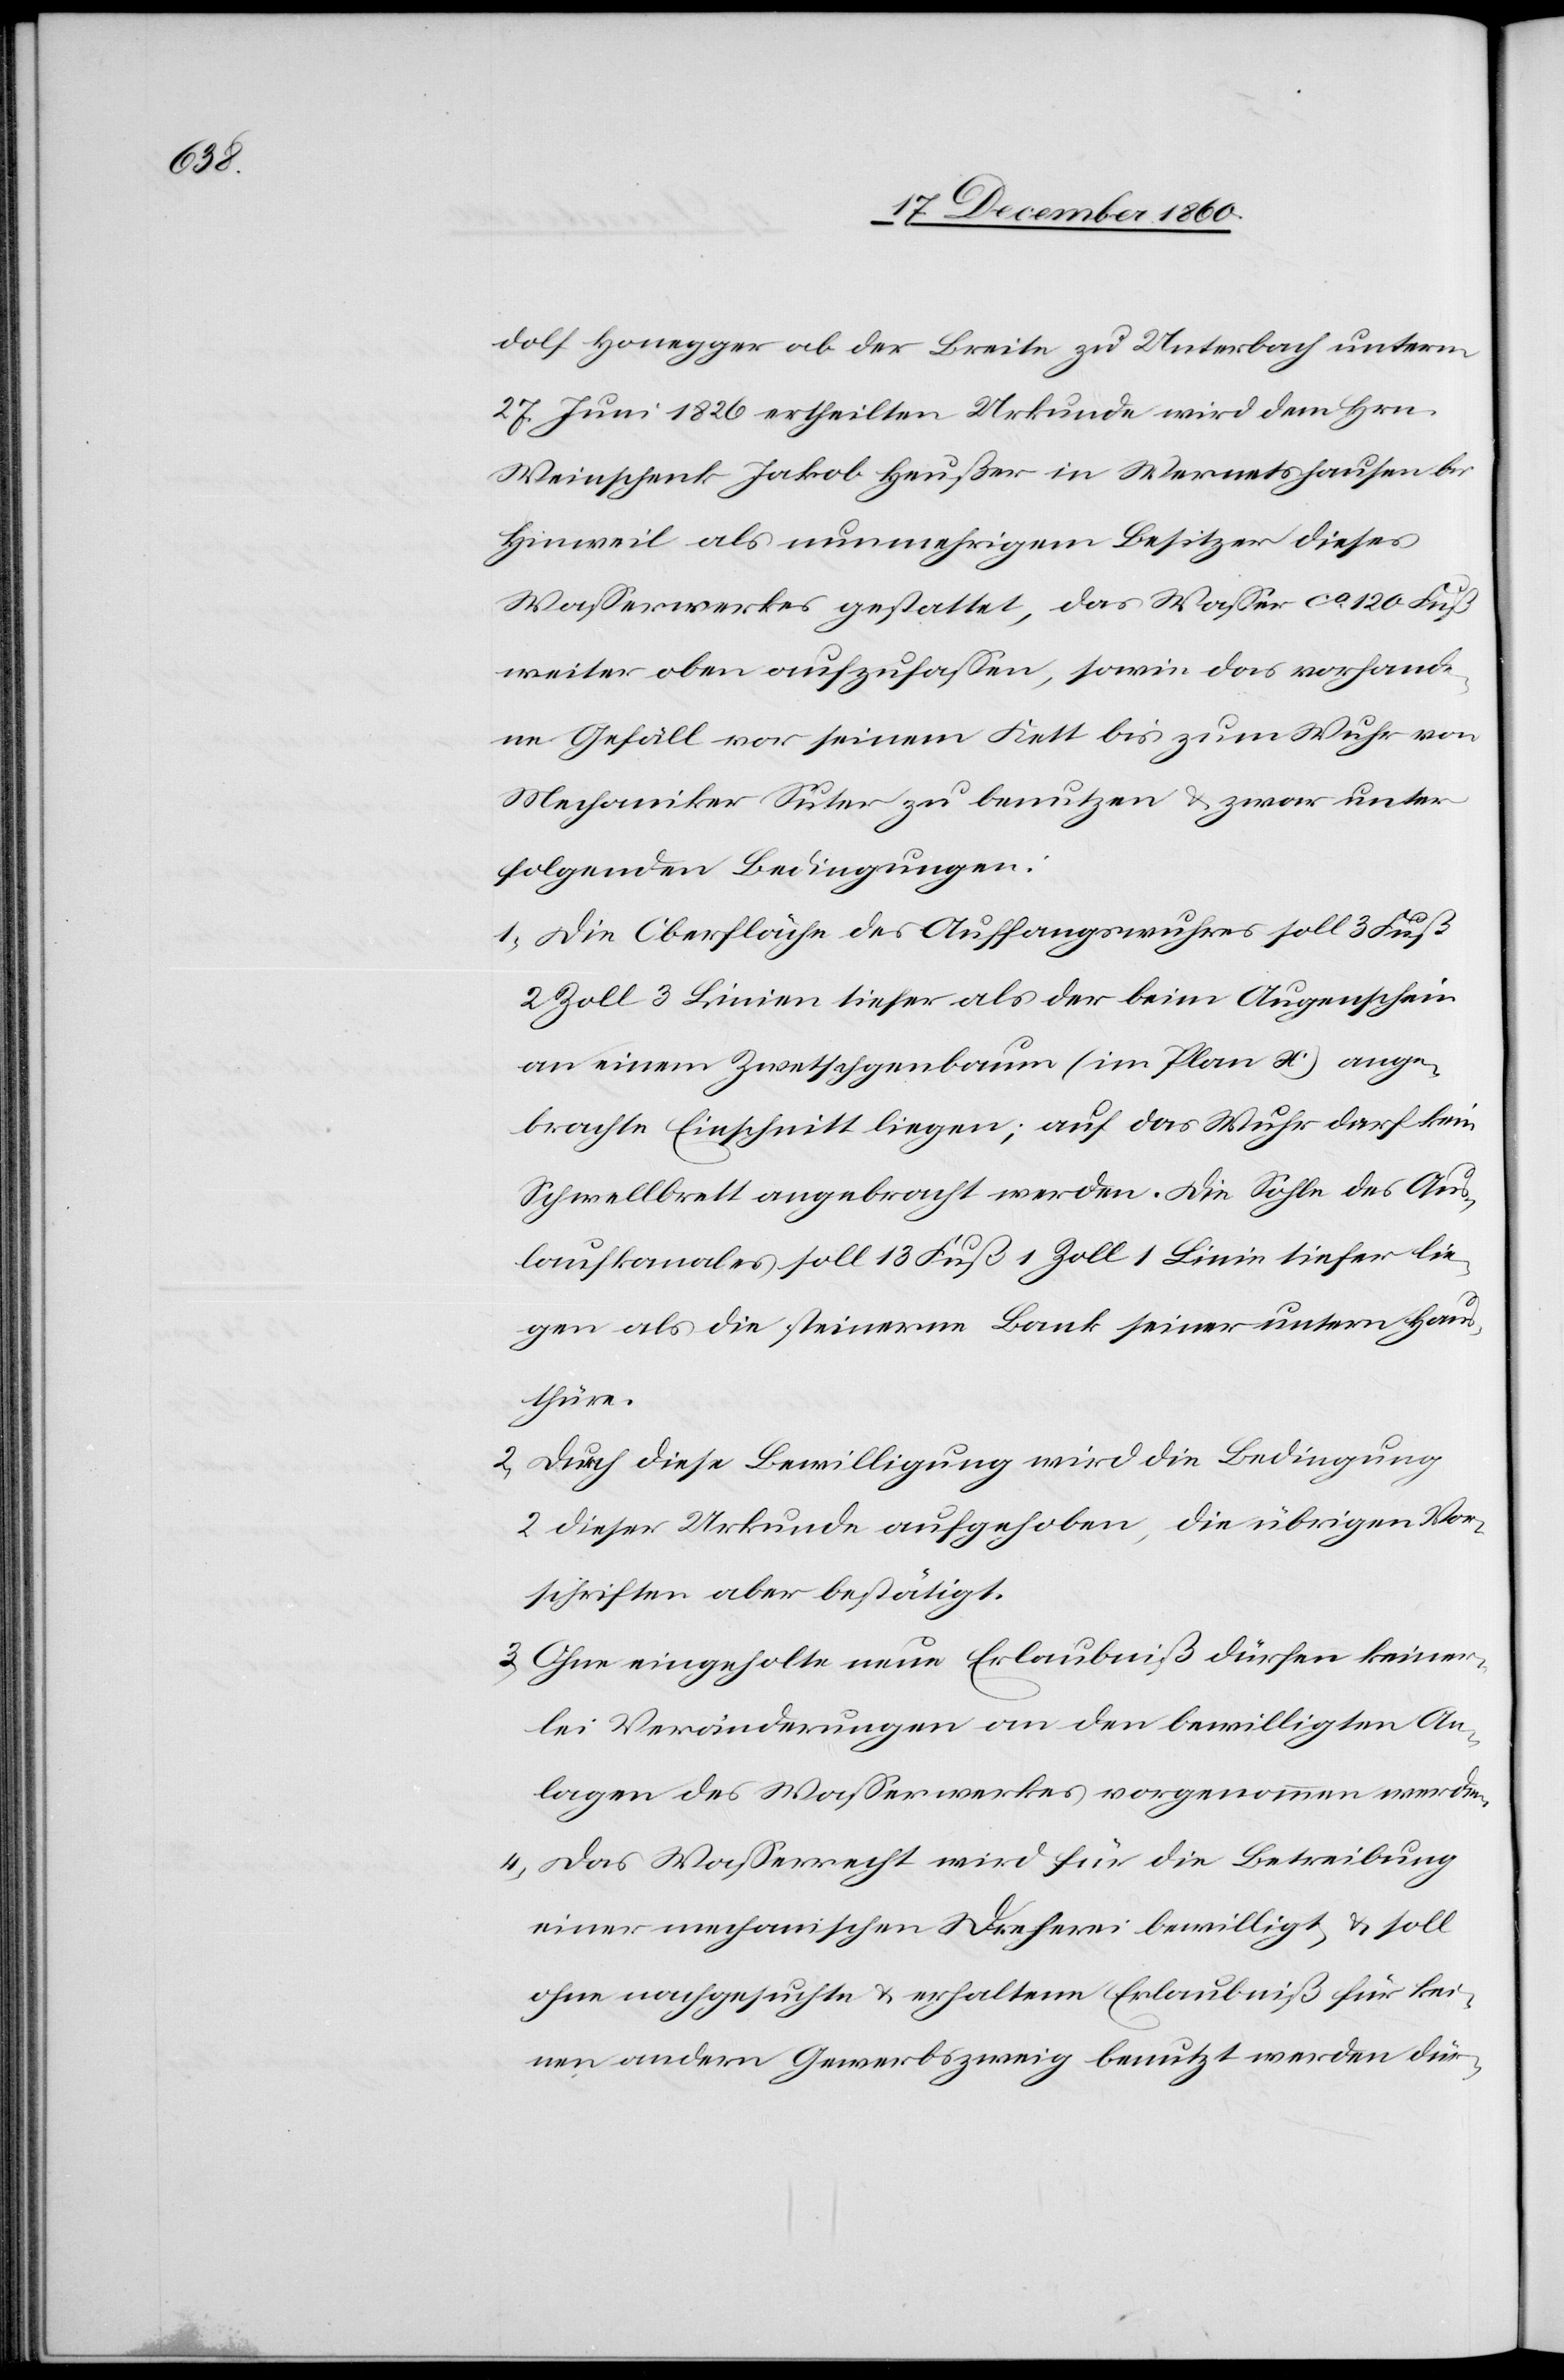
dolf Honegger ab der Breite zu Unterbach unterm
27. Juni 1826 ertheilten Urkunde wird dem Hrn.
Weinschenk Jakob Heußer in Wernetshausen bei
Hinweil als nunmehrigem Besitzer dieses
Wasserwerkes gestattet, das Wasser ca. 120 Fuß
weiter oben aufzufassen, sowie das vorhande¬
ne Gefäll vor seinem Kett bis zum Wuhr von
Mechaniker Suter zu benutzen u. zwar unter
folgenden Bedingungen:
1. Die Oberfläche des Auffangswuhres soll 3 Fuß
2 Zoll 3 Linien tiefer als der beim Augenschein
an einem Zwetschgenbaum (im Plan x) ange¬
brachte Einschnitt liegen; auf das Wuhr darf kein
Schwellbrett angebracht werden. Die Sohle des Aus¬
laufkanales soll 13 Fuß 1 Zoll 1 Linie tiefer lie¬
gen als die steinerne Bank seiner untern Haus¬
thüre.
2. Durch diese Bewilligung wird die Bedingung
2 dieser Urkunde aufgehoben, die übrigen Vor¬
schriften aber bestätigt.
3. Ohne eingeholte neue Erlaubniß dürfen keiner¬
lei Veränderungen an den bewilligten An¬
lagen des Wasserwerkes vorgenommen werden.
4. Das Wasserrecht wird für die Betreibung
einer mechanischen Dreherei bewilligt u. soll
ohne nachgesuchte u. erhaltene Erlaubniß für kei¬
nen andern Gewerbszweig benutzt werden dür-